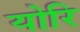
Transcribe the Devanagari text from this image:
योरि